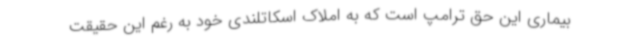
بیماری این حق ترامپ است که به املاک اسکاتلندی خود به رغم این حقیقت